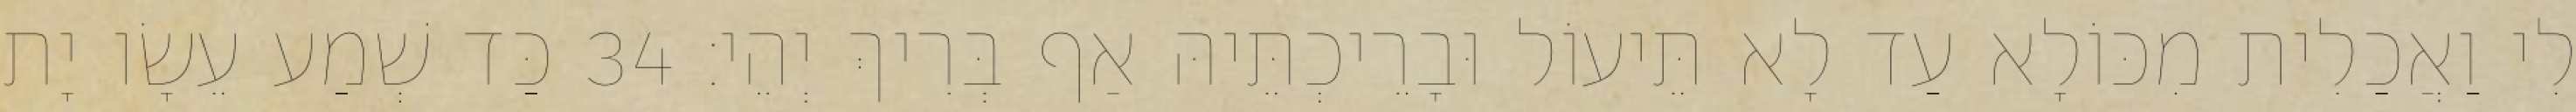
לִי וַאֲכַלִית מִכּוֹלָא עַד לָא תֵּיעוֹל וּבָרֵיכְתֵּיהּ אַף בְּרִיךְ יְהֵי׃ 34 כַּד שְׁמַע עֵשָׂו יָת